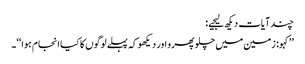
چند آیات دیکھ لیجیے:
’’کہو: زمین میں چلو پھرو اور دیکھو کہ پہلے لوگوں کا کیا انجام ہوا‘‘۔